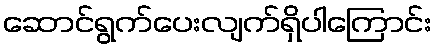
ဆောင်ရွက်ပေးလျက်ရှိပါကြောင်း